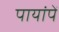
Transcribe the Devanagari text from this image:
पायांपें